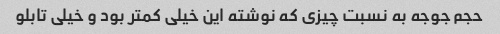
حجم جوجه به نسبت چیزی که نوشته این خیلی کمتر بود و خیلی تابلو